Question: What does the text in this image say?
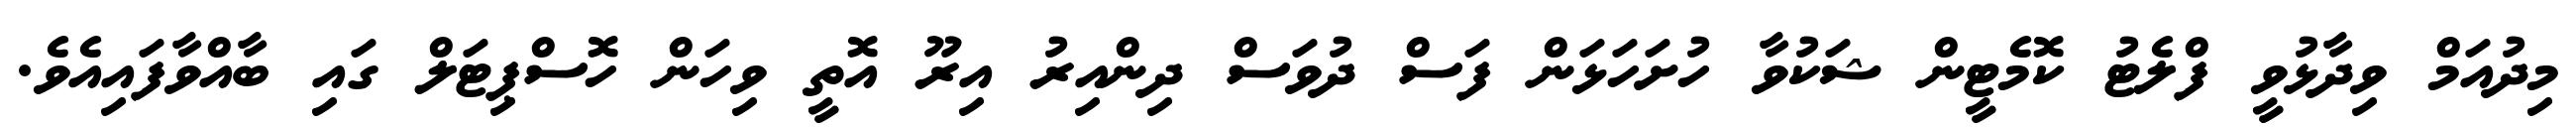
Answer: މިދުއަމް ވިދާޅުވީ ފްލެޓު ކޮމެޓީން ޝަކުވާ ހުށަހަޅަން ފަސް ދުވަސް ދިންއިރު އިރޫ އޮތީ ވިހަން ހޮސްޕިޓަލް ގައި ބާއްވާފައިއެވެ.